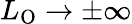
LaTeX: L_{\mathrm{O}}\rightarrow\pm\infty